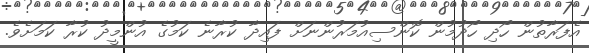
އެފަރާތުން ހޯދި ހޯދުމުން ކޮންސިއުމަރުންނަށް ފައިދާ ކުރާނެ ކަމުގެ އުންމީދު ކުރާ ކަމަށެވެ.